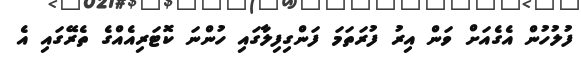
ފުލުހުން އެގެއަށް ވަން އިރު ފުރަތަމަ ފަންގިފިލާގައި ހުންނަ ކޮޓަރިއެއްގެ ތެރޭގައި އެ